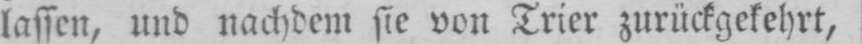
lassen, und nachdem sie von Trier zurückgekehrt,